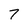
Character: 7